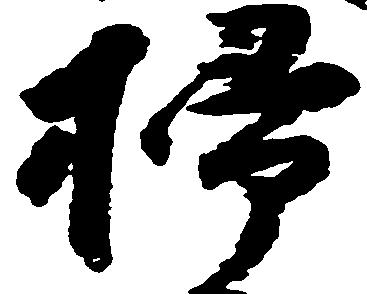
掃